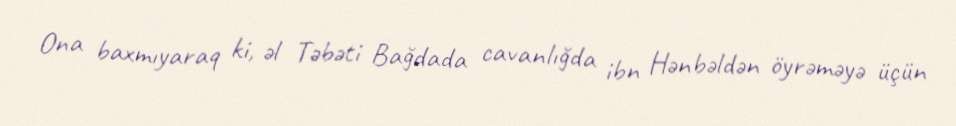
Ona baxmıyaraq ki, əl Təbəti Bağdada cavanlığda ibn Hənbəldən öyrəməyə üçün